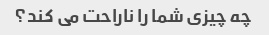
چه چیزی شما را ناراحت می کند؟